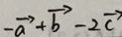
- \overrightarrow { a } + \overrightarrow { b } - 2 \overrightarrow { c }